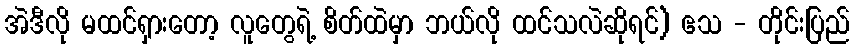
အဲဒီလို မထင်ရှားတော့ လူတွေရဲ့ စိတ်ထဲမှာ ဘယ်လို ထင်သလဲဆိုရင်) ဧသ - တိုင်းပြည်